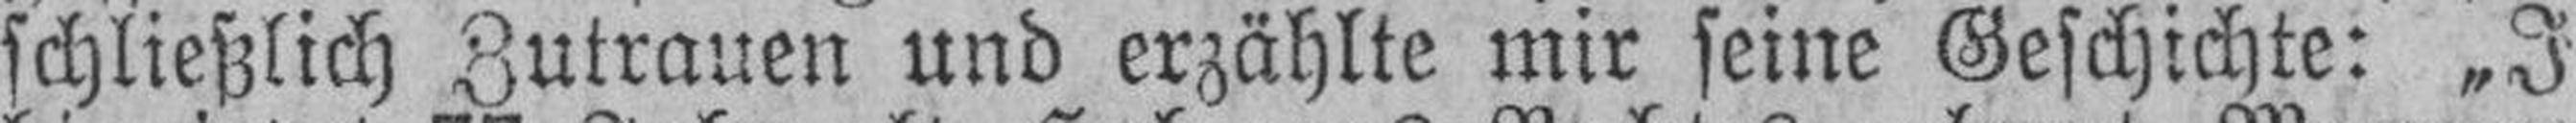
schließlich Zutrauen und erzählte mir seine Geschichte: „I